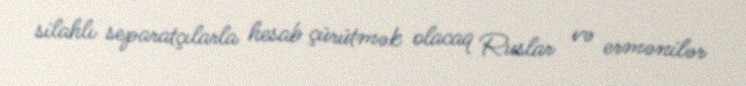
silahlı separatçılarla hesab çürütmək olacaq Ruslar və ermənilər